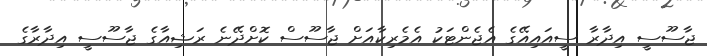
ޖާސޫސީ އިދާރާ ސީއައިއޭގެ އެޖެންޓަކު އެމެރިކާއަށް ޖާސޫސް ކޮށްދޭނެ ރަޝިއާގެ ޖާސޫސީ އިދާރާގެ